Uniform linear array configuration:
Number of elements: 24
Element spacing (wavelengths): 0.5
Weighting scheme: exponential
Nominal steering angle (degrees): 0
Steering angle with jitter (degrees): -0.4141
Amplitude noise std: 0.05
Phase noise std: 0.05

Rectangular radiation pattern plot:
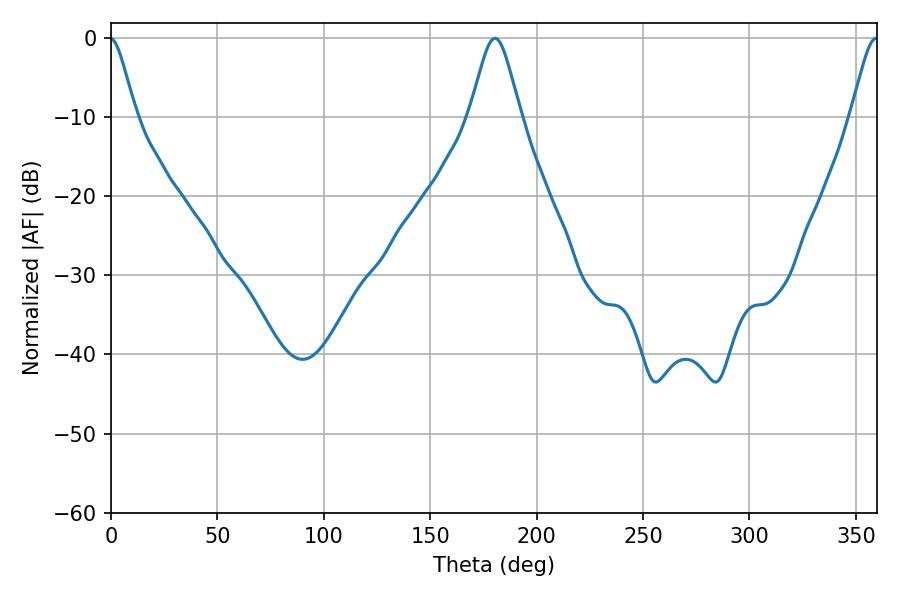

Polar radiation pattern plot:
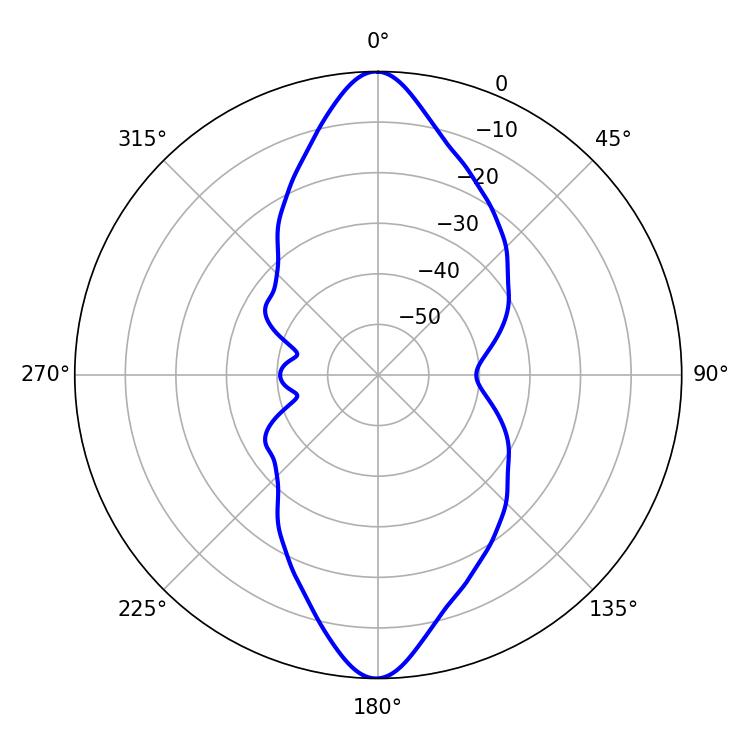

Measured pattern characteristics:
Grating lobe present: FALSE
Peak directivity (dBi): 31.001
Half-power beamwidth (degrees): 11.7
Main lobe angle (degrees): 180.36